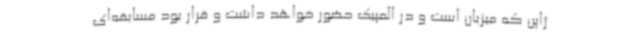
ژاپن که میزبان است و در المپیک حضور خواهد داشت و قرار بود مسابقه‌ای